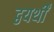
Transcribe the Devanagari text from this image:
द्वयर्थीं